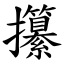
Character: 攥